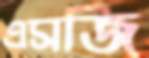
এসজি